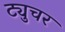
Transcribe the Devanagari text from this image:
ट्युचर